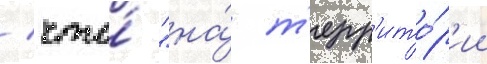
/ что́ "на́ т'ерр'ито́р'ии